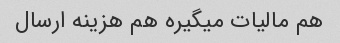
هم مالیات میگیره هم هزینه ارسال